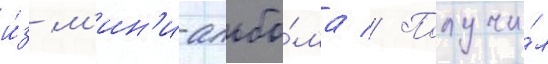
и́з м'ин'и-альбо́ма // Получи́л